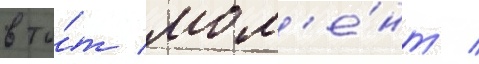
в то́т мом'е́нт /